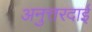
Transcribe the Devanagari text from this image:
अनुत्तरदाई